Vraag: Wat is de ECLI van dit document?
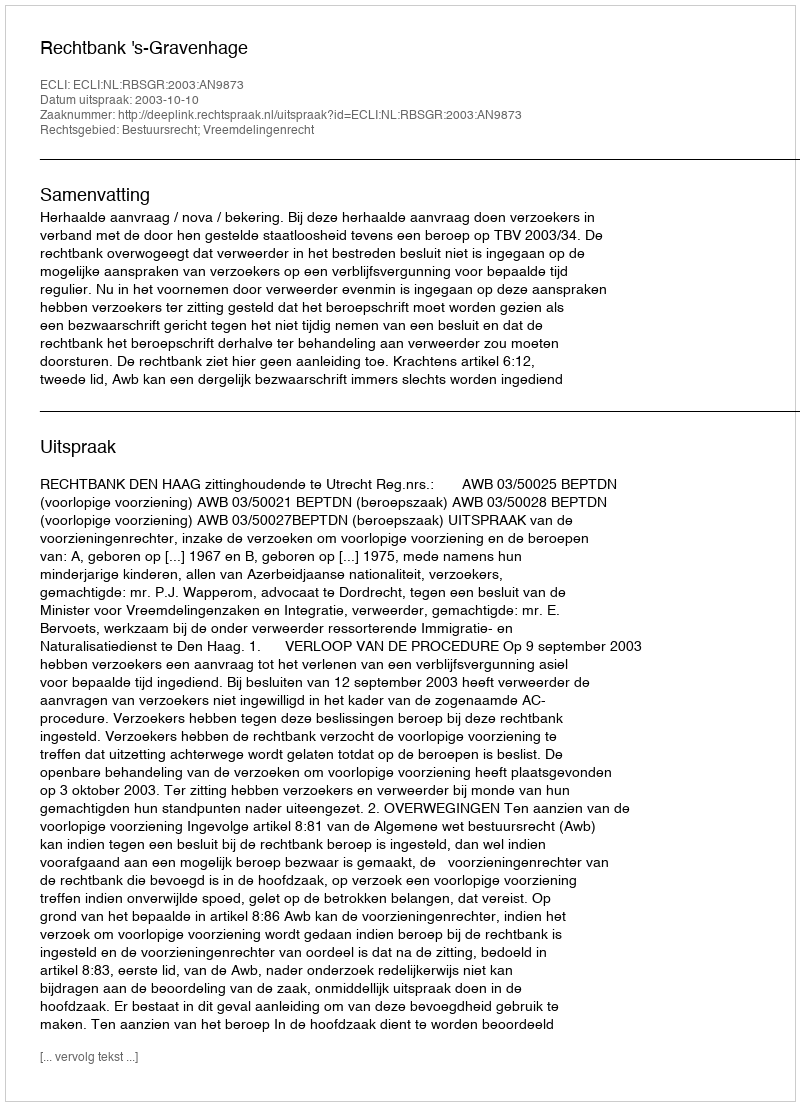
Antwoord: ECLI:NL:RBSGR:2003:AN9873